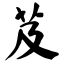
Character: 芨